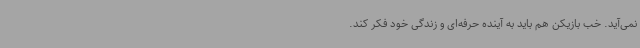
نمی‌آید. خب بازیکن هم باید به آینده حرفه‌ای و زندگی خود فکر کند.